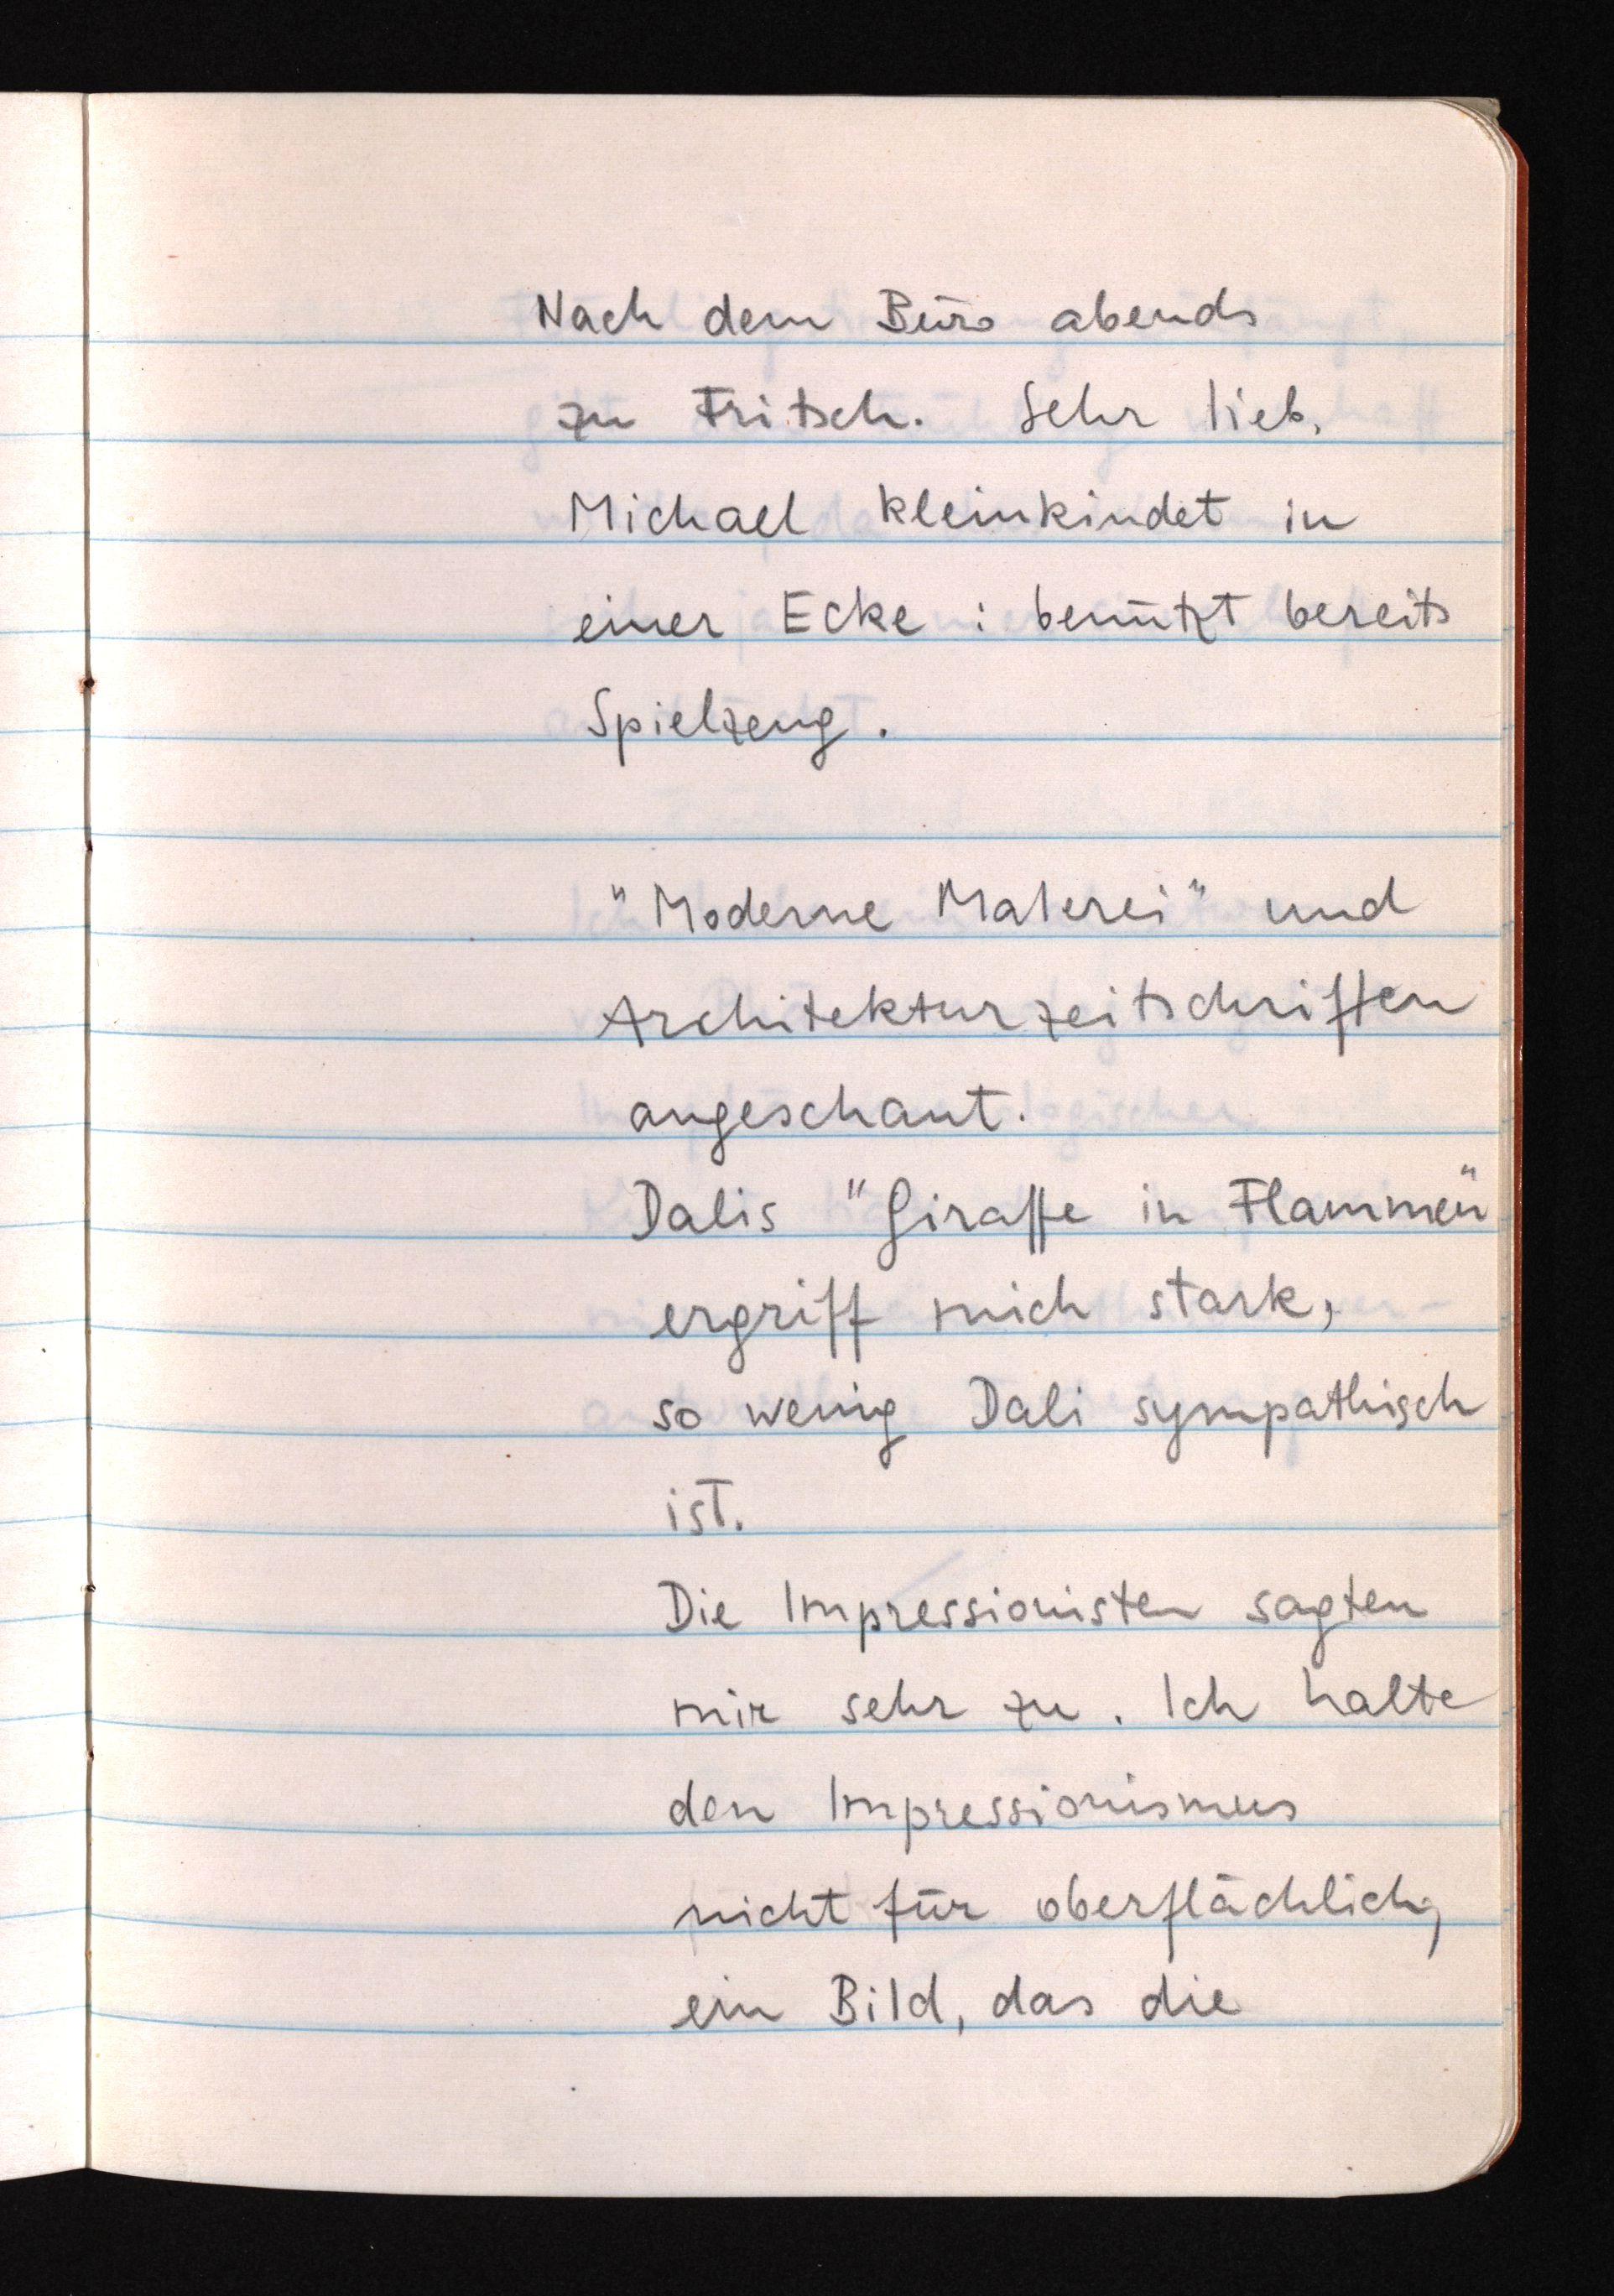
Nach dem Büro abends
zu Fritsch. Sehr lieb.
Michael kleinkindet in
einer Ecke: benützt bereits
Spielzeug.
"Moderne Malerei" und
Architekturzeitschriften
angeschaut.
Dalis "Giraffe in Flammen"
ergriff mich stark,
so wenig Dali sympathisch
ist.
Die Impressionisten sagten
mir sehr zu. Ich halte
den Impressionismus
nicht für oberflächlich,
ein Bild, das die